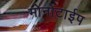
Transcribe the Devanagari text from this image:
मोनोटाईप